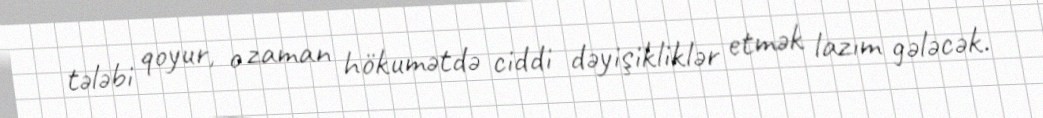
tələbi qoyur, o zaman hökumətdə ciddi dəyişikliklər etmək lazım gələcək.